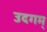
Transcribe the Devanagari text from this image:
उदगम्